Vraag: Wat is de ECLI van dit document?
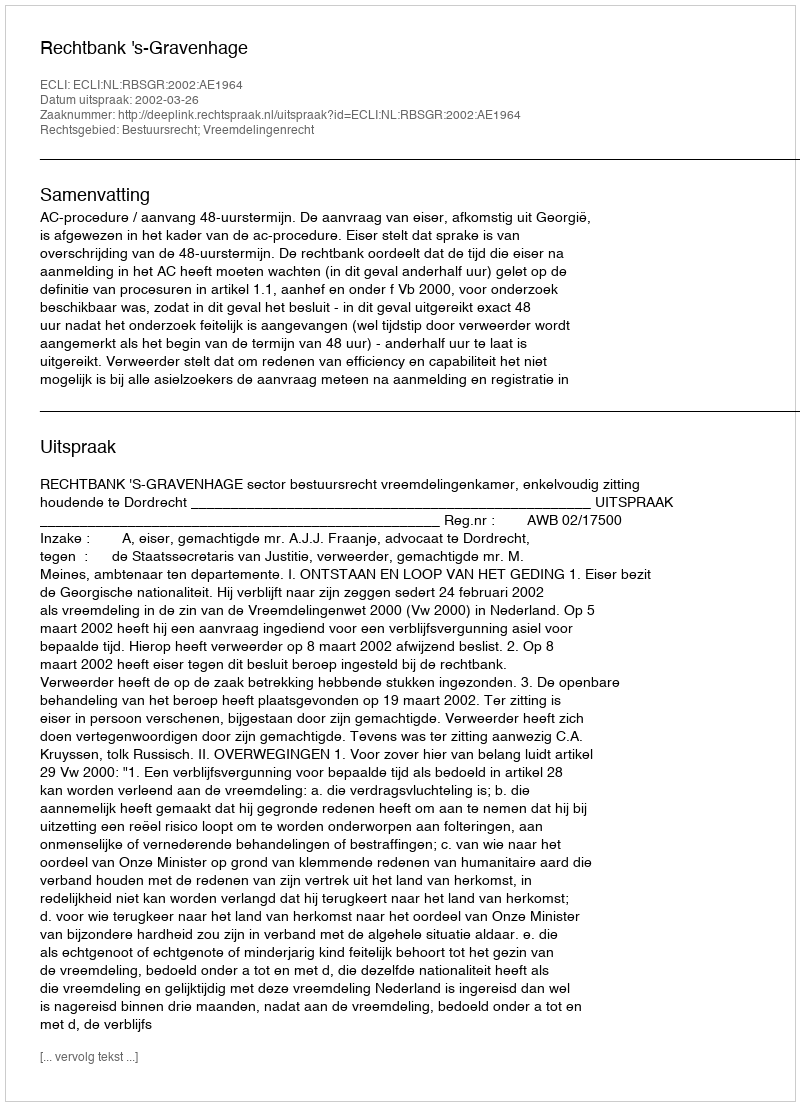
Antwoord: ECLI:NL:RBSGR:2002:AE1964